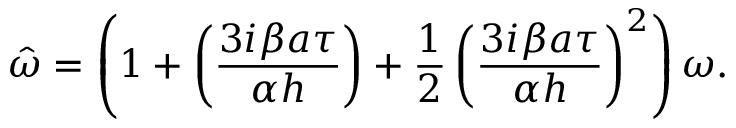
\hat { \omega } = \left( 1 + \left( \frac { 3 i \beta a \tau } { \alpha h } \right) + \frac { 1 } { 2 } \left( \frac { 3 i \beta a \tau } { \alpha h } \right) ^ { 2 } \right) \omega .